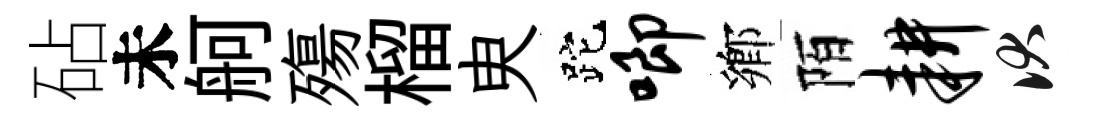
砧未舸殤榴㬰跎唧鄕陌耕伏